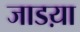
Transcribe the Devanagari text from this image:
जाडय़ा